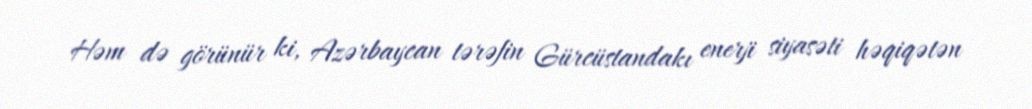
Həm də görünür ki, Azərbaycan tərəfin Gürcüstandakı enerji siyasəti həqiqətən